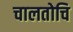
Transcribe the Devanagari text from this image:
चालतोचि